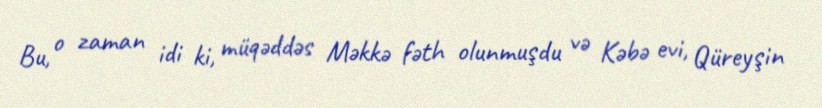
Bu, o zaman idi ki, müqəddəs Məkkə fəth olunmuşdu və Kəbə evi, Qüreyşin